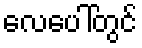
လေပေါ်တွင်